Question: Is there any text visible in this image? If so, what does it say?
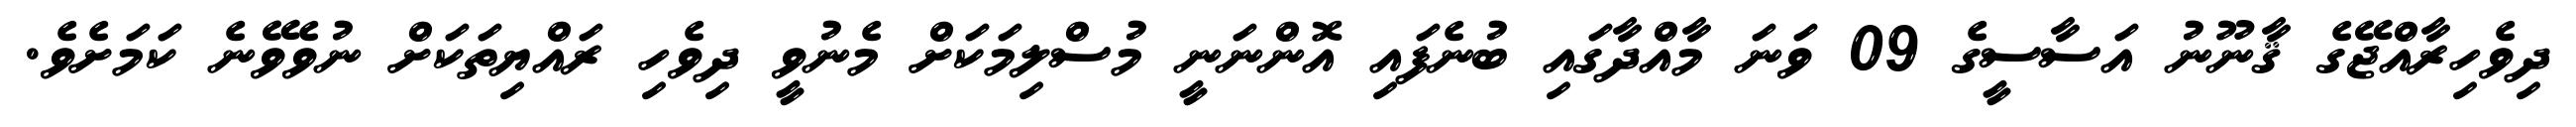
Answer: ދިވެހިރާއްޖޭގެ ޤާނޫނު އަސާސީގެ 09 ވަނަ މާއްދާގައި ބުނެފައި އޮންނަނީ މުސްލިމަކަށް މެނުވީ ދިވެހި ރައްޔިތަކަށް ނުވެވޭނެ ކަމަށެވެ.